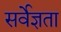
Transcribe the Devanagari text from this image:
सर्वेज्ञता